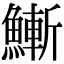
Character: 䱿